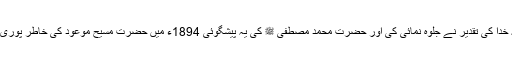
چنانچہ خدا کی تقدیر نے جلوہ نمائی کی اور حضرت محمد مصطفی ﷺ کی یہ پیشگوئی 1894ء میں حضرت مسیح موعودؑ کی خاطر پوری ہوئی ۔